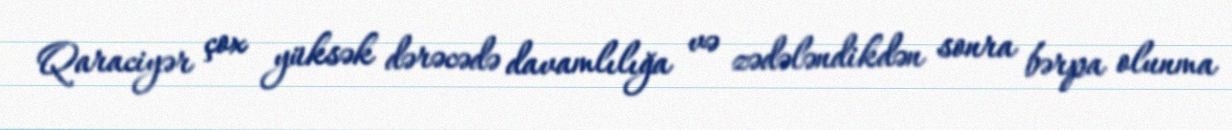
Qaraciyər çox yüksək dərəcədə davamlılığa və zədələndikdən sonra bərpa olunma